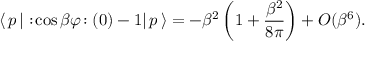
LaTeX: \langle \, p \, | \, \! : \! \cos \beta \varphi \! : ( 0 ) - 1 | \, p \, \rangle = - \beta ^ { 2 } \left( 1 + \frac { \beta ^ { 2 } } { 8 \pi } \right) + O ( \beta ^ { 6 } ) .